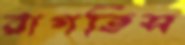
রাগতিস